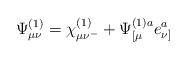
LaTeX: \begin{align*}\Psi_{\mu\nu}^{(1)}= \chi_{\mu\nu^-}^{(1)}+\Psi^{(1)a}_{[\mu} e^a_{\nu]}\end{align*}